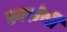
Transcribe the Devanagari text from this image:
स्वर्ग्रंथी